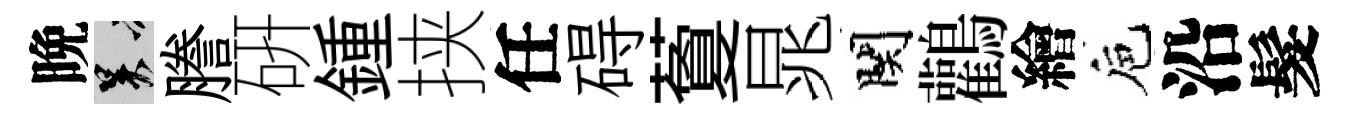
晩吴謄硏鍾挟任碍藑晁関鸛繪巵沿髮